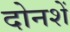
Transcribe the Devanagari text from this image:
दोनशें